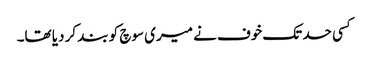
کسی حد تک خوف نے میری سوچ کو بند کر دیا تھا۔